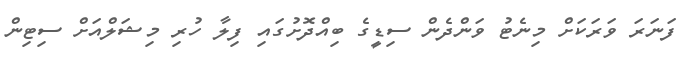
ފަނަރަ ވަރަކަށް މިނެޓު ވަންދެން ސިޑީގެ ބިއްދޮށުގައި ފިލާ ހުރި މިޝަލްއަށް ސިޓިން